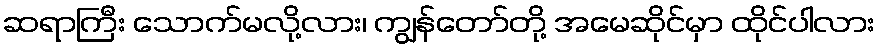
ဆရာကြီး သောက်မလို့လား၊ ကျွန်တော်တို့ အမေဆိုင်မှာ ထိုင်ပါလား